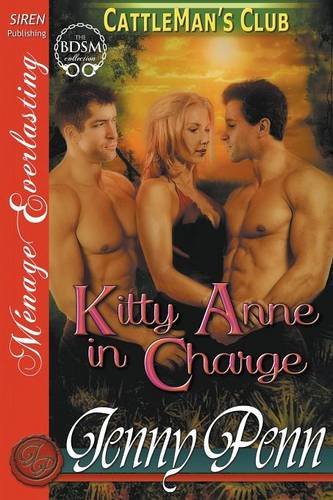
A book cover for Kitty Anne in Charge [Cattleman's Club 6] (Siren Publishing Menage Everlasting); Jenny Penn; Romance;